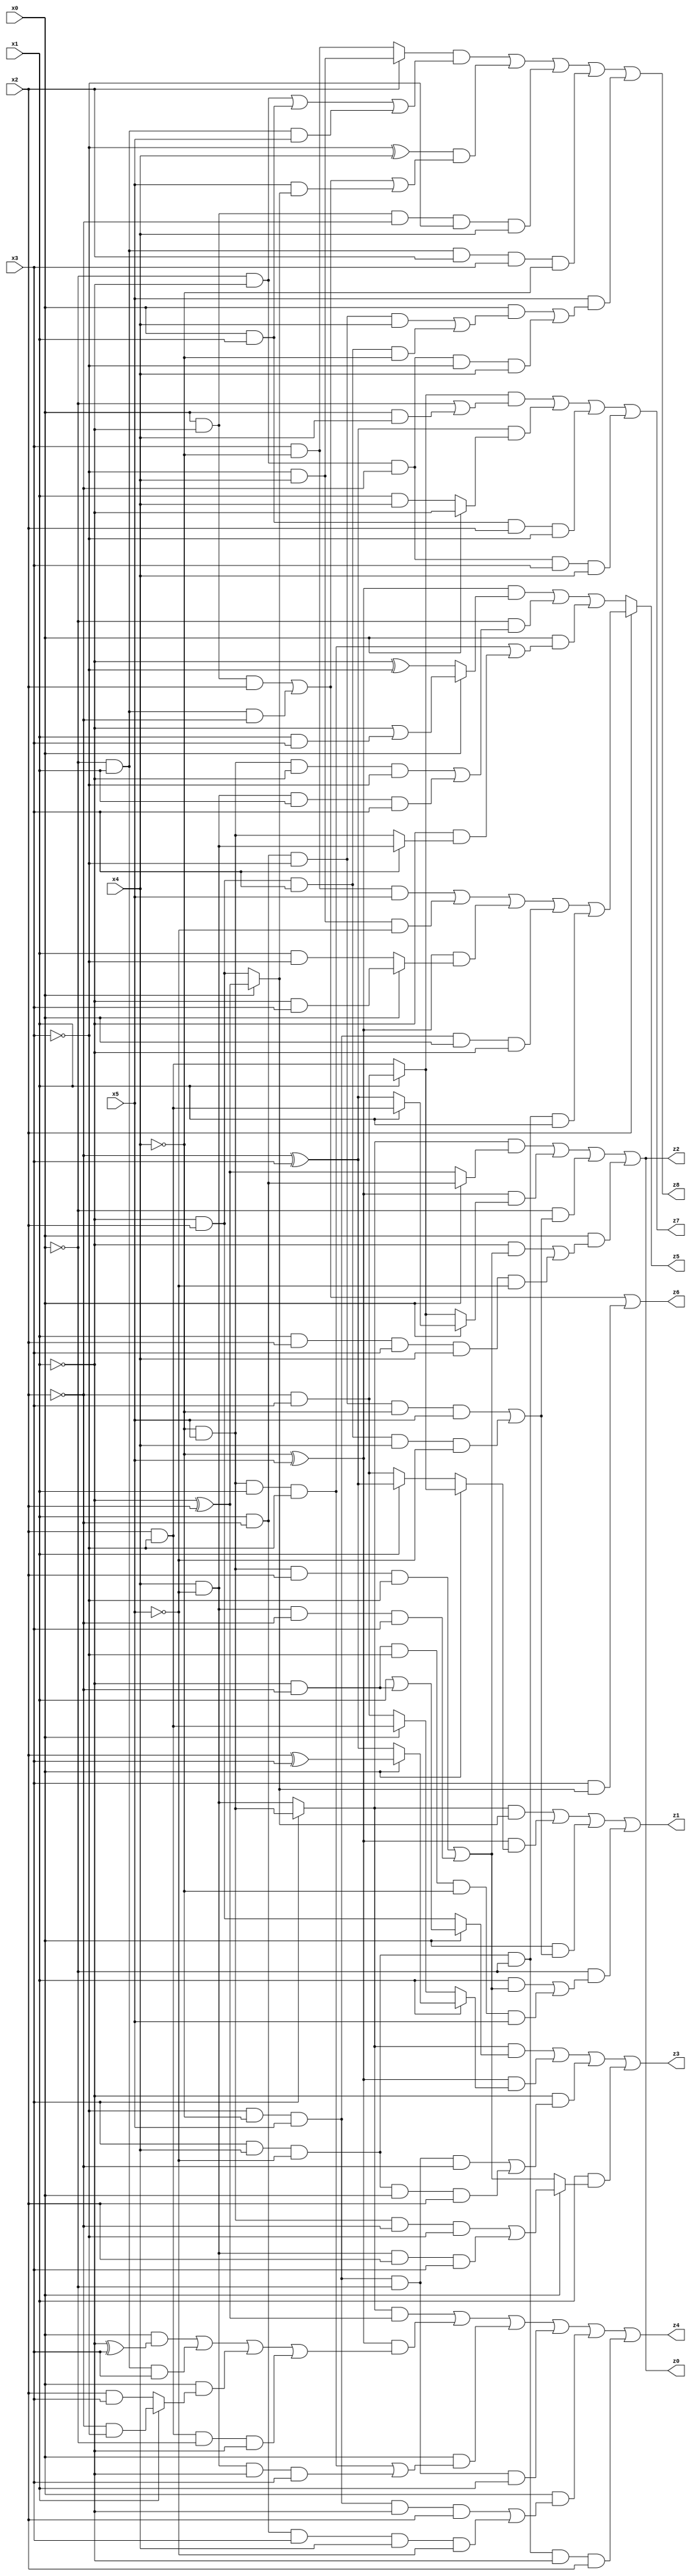
// Benchmark "X_63" written by ABC on Mon Jun 05 23:04:33 2023

module X_63 ( 
    x0, x1, x2, x3, x4, x5,
    z0, z1, z2, z3, z4, z5, z6, z7, z8  );
  input  x0, x1, x2, x3, x4, x5;
  output z0, z1, z2, z3, z4, z5, z6, z7, z8;
  assign z0 = ((x3 ? (~x4 & x5) : (x4 & ~x5)) & (x0 ? (x1 & ~x2) : (~x1 ^ x2))) | ((~x4 ^ x5) & (x0 ? (x1 ? (x2 & ~x3) : (~x2 ^ x3)) : (x1 ? (~x2 & x3) : (x2 & ~x3)))) | (~x0 & ((x1 & ~x2 & ~x3 & ~x4 & x5) | (~x1 & x2 & x3 & x4 & ~x5))) | (x0 & ((~x1 & ((~x4 & x5 & x2 & ~x3) | (x4 & ~x5 & ~x2 & x3))) | (x1 & x2 & x3 & x4 & ~x5)));
  assign z1 = ((x3 ? (~x4 & x5) : (x4 & ~x5)) & (x0 ? (~x1 ^ x2) : (~x1 & x2))) | ((~x4 ^ x5) & (x0 ? (x1 ? (~x2 & x3) : (x2 & ~x3)) : (x1 ? (~x2 ^ x3) : (~x2 & x3)))) | (x0 & ((x1 & ~x2 & ~x3 & ~x4 & x5) | (~x1 & x2 & x3 & x4 & ~x5))) | (~x0 & ((x1 & ((~x4 & x5 & x2 & ~x3) | (x4 & ~x5 & ~x2 & x3))) | (~x1 & ~x2 & ~x3 & ~x4 & x5)));
  assign z2 = ((x3 ? (~x4 & x5) : (x4 & ~x5)) & (x0 ? (x1 & ~x2) : (~x1 ^ x2))) | ((~x4 ^ x5) & (x0 ? (x1 ? (x2 & ~x3) : (~x2 ^ x3)) : (x1 ? (~x2 & x3) : (x2 & ~x3)))) | (~x0 & ((x1 & ~x2 & ~x3 & ~x4 & x5) | (~x1 & x2 & x3 & x4 & ~x5))) | (x0 & ((~x1 & ((~x4 & x5 & x2 & ~x3) | (x4 & ~x5 & ~x2 & x3))) | (x1 & x2 & x3 & x4 & ~x5)));
  assign z3 = ((x3 ? (~x4 & x5) : (x4 & ~x5)) & (x0 ? (x1 | (~x1 & ~x2)) : (~x1 & x2))) | ((~x4 ^ x5) & (x1 ? (x0 ? (x2 ^ x3) : (~x2 ^ x3)) : (x0 ? (x2 & ~x3) : (~x2 & x3)))) | (~x1 & ((~x3 & ~x4 & x5 & ~x0 & ~x2) | (x3 & x4 & ~x5 & x0 & x2))) | (x1 & (x0 ? ((~x4 & x5 & ~x2 & ~x3) | (x4 & ~x5 & x2 & x3)) : ((~x4 & x5 & x2 & ~x3) | (x4 & ~x5 & ~x2 & x3))));
  assign z4 = ((x3 ? (~x4 & x5) : (x4 & ~x5)) & (~x1 ^ x2)) | ((~x4 ^ x5) & ((x0 & (~x1 ^ x3)) | (~x0 & x1 & x3) | (x0 & (x1 ? (~x2 & ~x3) : (x2 & x3))) | (x2 & ~x3 & ~x0 & ~x1))) | (x0 & ((~x4 & x5 & x1 & ~x3) | (x4 & ~x5 & ~x1 & x3))) | (~x3 & ~x4 & x5 & ~x0 & x1) | (x0 & ((~x3 & ~x4 & x5 & ~x1 & x2) | (x1 & ~x2 & x3 & x4 & ~x5))) | (x3 & x4 & ~x5 & ~x0 & ~x1 & x2);
  assign z5 = x2 ? ((x3 & ~x4 & x5) | (~x3 & x4 & ~x5) | ((~x4 ^ x5) & (x0 ? (~x1 & x3) : (x1 & ~x3))) | (~x3 & ~x4 & x5 & x0 & ~x1) | (x3 & x4 & ~x5 & ~x0 & x1)) : (((~x4 ^ x5) & (x0 ? (~x1 | (x1 & x3)) : (~x1 ^ ~x3))) | (~x0 & ((~x4 & x5 & ~x1 & ~x3) | (x4 & ~x5 & x1 & x3))) | (x0 & ((~x4 & x5 & x1 & ~x3) | (~x1 & (x3 ? (x4 & ~x5) : (~x4 & x5))))));
  assign z6 = (x0 & ~x1 & x2) | (~x0 & x1 & ~x2) | (x3 & (x0 ? (~x1 ^ x2) : (~x1 & x2)));
  assign z7 = ((x1 ? (~x2 & x3) : (x2 & ~x3)) & (~x0 | (x0 & x4))) | ((~x2 ^ x3) & (x0 ? ~x1 : (x1 & x4))) | (x0 & x1 & x2 & ~x3) | (~x0 & ~x1 & ~x2 & x3 & x4);
  assign z8 = ((x2 ? (~x3 & x4) : (x3 & ~x4)) & ((~x0 & ~x1) | (x0 & x1) | (~x0 & x1 & x5))) | ((~x3 ^ x4) & ((x0 & ~x1 & x2) | (~x0 & x1 & ~x2) | (x5 & (x0 ? (~x1 ^ x2) : (~x1 & x2))))) | (x0 & ~x1 & ~x2 & ~x3 & x4) | (~x0 & x1 & x2 & x3 & ~x4) | (x5 & ((x0 & ((x1 & ~x2 & ~x3 & x4) | (~x1 & x2 & x3 & ~x4))) | (~x0 & ~x1 & ~x2 & ~x3 & x4)));
endmodule